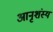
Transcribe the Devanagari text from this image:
आनृशंस्य